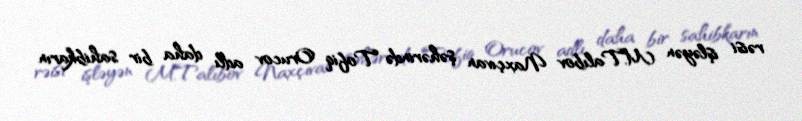
rəisi işləyən M.Talıbov Naxçıvan şəhərində Tofiq Orucov adlı daha bir sahibkarın